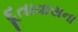
દૂતાવાસના